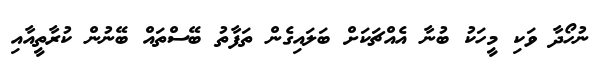
ނުހޯދާ ވަކި މީހަކު ބުނާ އެއްޗަކަށް ބަލައިގެން ތަފާތު ބޭސްތައް ބޭނުން ކުރާތީއާއި